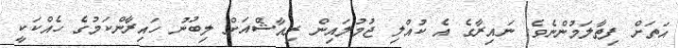
އަތަށް ފިތާލަމުންނެވެ. ނައިރާގެ އެ ކުއްލި ޖުމުލައިން ރިއާޝްއަށް ލިބުނު ހައިރާންކަމުގެ ހެއްކަކީ